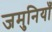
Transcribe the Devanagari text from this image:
जमुनियाँ